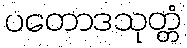
ပတောဒသုတ္တံ